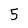
Character: 5